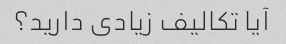
آیا تکالیف زیادی دارید؟